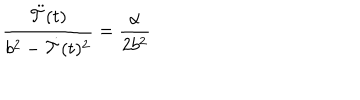
{ \frac { \ddot { \cal T } ( t ) } { b ^ { 2 } - \dot { \cal T } ( t ) ^ { 2 } } } = { \frac { \alpha } { 2 b ^ { 2 } } }